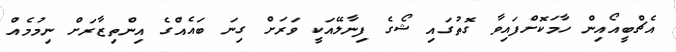
އެޗްބީއޯއިން ހާމަކޮށްފައިވާ ގޮތުގައި ޝޯގެ ފިނާލޭއަކީ ވަރަށް ގިނަ ބައެއްގެ އިންތިޒާރަށް ނިމުމެއް